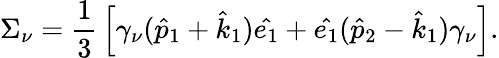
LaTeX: \Sigma_{\nu}={\frac{1}{3}}\left[\gamma_{\nu}(\hat{p}_{1}+\hat{k}_{1})\hat{e_{1}}+\hat{e_{1}}(\hat{p}_{2}-\hat{k}_{1})\gamma_{\nu}\right].